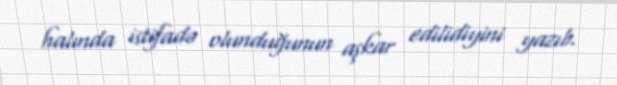
halında istifadə olunduğunun aşkar edilidiyini yazıb.